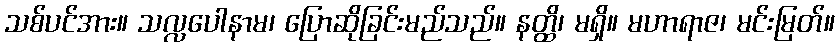
သစ်ပင်အား။ သလ္လပေါနာမ၊ ပြောဆိုခြင်းမည်သည်။ နတ္ထိ၊ မရှိ။ မဟာရာဇ၊ မင်းမြတ်။